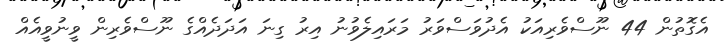
އެގޮތުން 44 ނޫސްވެރިއަކު އެދުވަސްވަރު މަރައިލެވުނު އިރު ގިނަ އަދަދެއްގެ ނޫސްވެރިން ވީނުވީއެއް